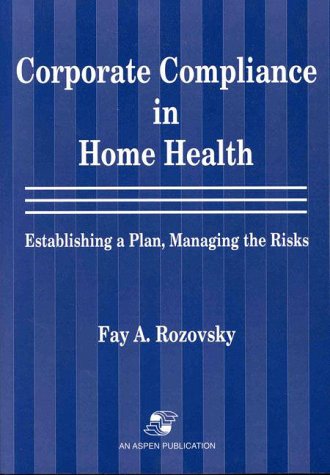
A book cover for Corporate Compliance in Home Health: Establishing A Plan, Managing the Risks; F. A. Rozovsky; Medical Books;